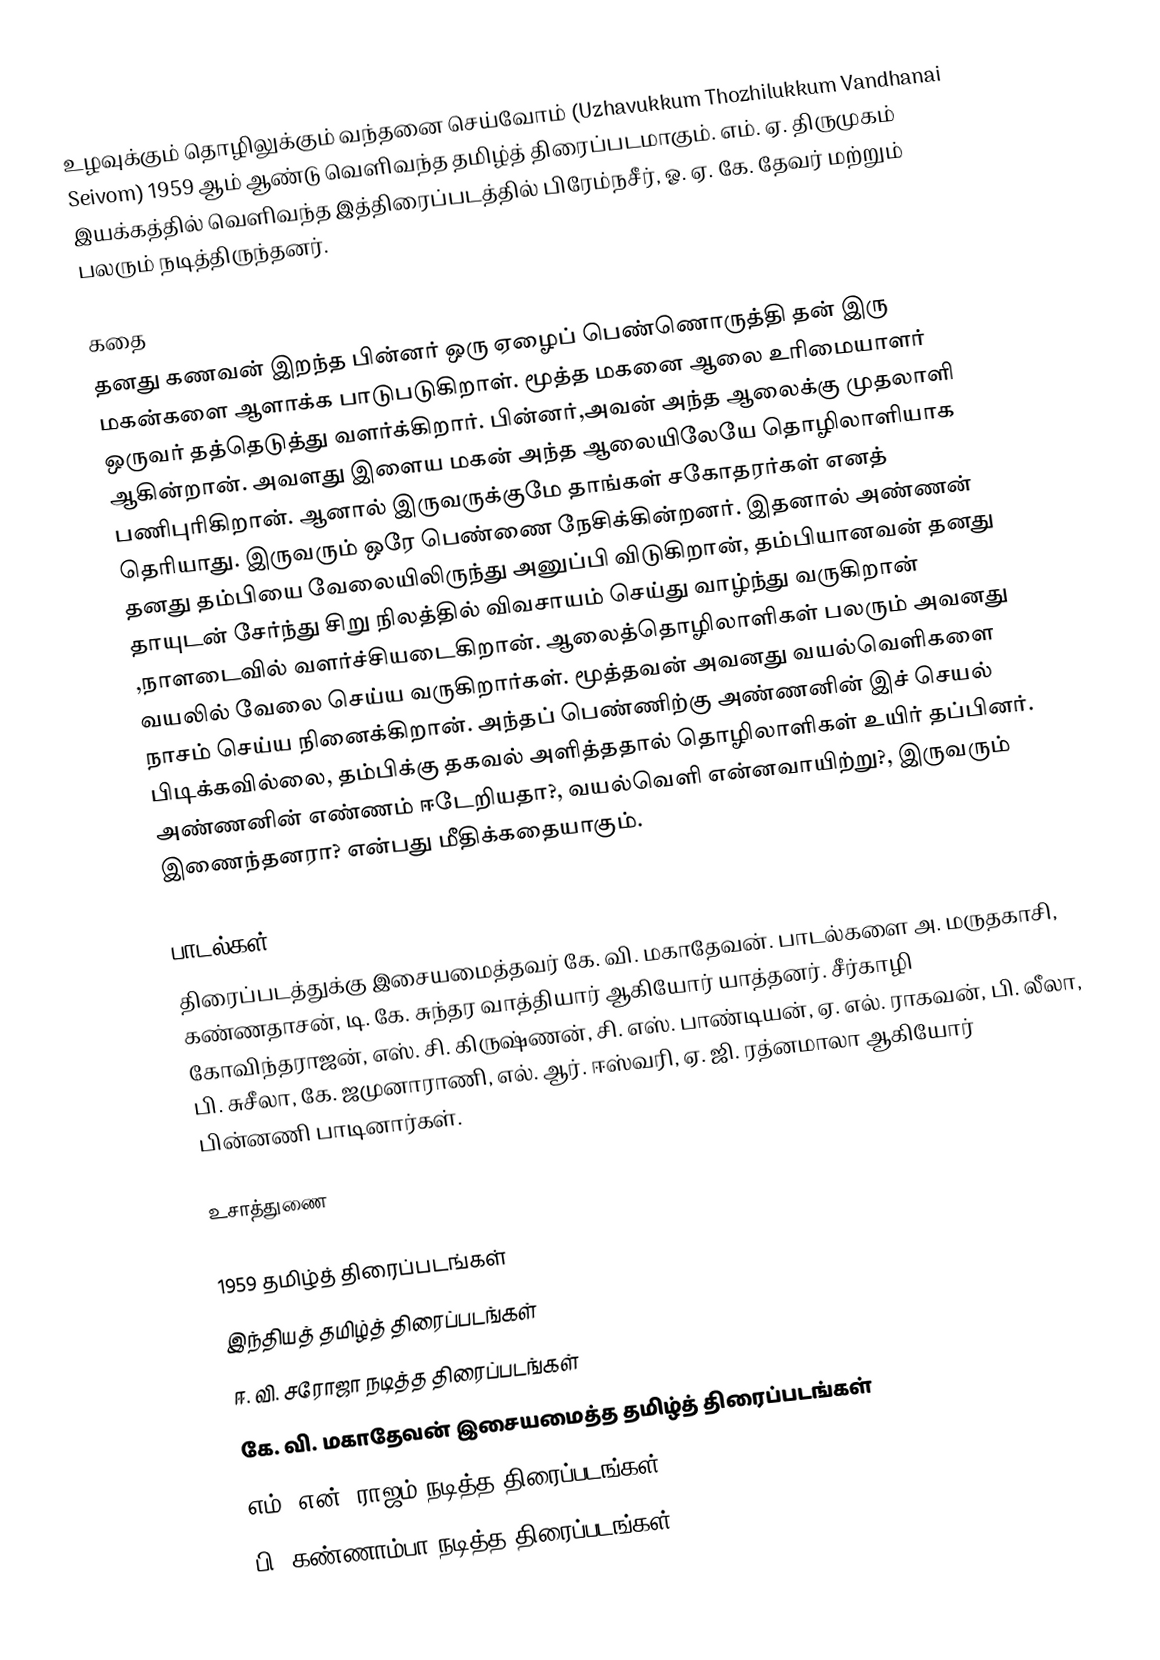
உழவுக்கும் தொழிலுக்கும் வந்தனை செய்வோம் (Uzhavukkum Thozhilukkum Vandhanai Seivom) 1959 ஆம் ஆண்டு வெளிவந்த தமிழ்த் திரைப்படமாகும். எம். ஏ. திருமுகம் இயக்கத்தில் வெளிவந்த இத்திரைப்படத்தில் பிரேம்நசீர், ஓ. ஏ. கே. தேவர் மற்றும் பலரும் நடித்திருந்தனர்.

கதை
தனது கணவன் இறந்த பின்னர் ஒரு ஏழைப் பெண்ணொருத்தி தன் இரு மகன்களை ஆளாக்க பாடுபடுகிறாள். மூத்த மகனை ஆலை உரிமையாளர் ஒருவர் தத்தெடுத்து வளர்க்கிறார். பின்னர்,அவன் அந்த ஆலைக்கு முதலாளி ஆகின்றான். அவளது இளைய மகன் அந்த ஆலையிலேயே தொழிலாளியாக பணிபுரிகிறான். ஆனால் இருவருக்குமே தாங்கள் சகோதரர்கள் எனத் தெரியாது. இருவரும் ஒரே பெண்ணை நேசிக்கின்றனர். இதனால் அண்ணன் தனது தம்பியை வேலையிலிருந்து அனுப்பி விடுகிறான், தம்பியானவன் தனது தாயுடன் சேர்ந்து சிறு நிலத்தில் விவசாயம் செய்து வாழ்ந்து வருகிறான் ,நாளடைவில் வளர்ச்சியடைகிறான். ஆலைத்தொழிலாளிகள் பலரும் அவனது வயலில் வேலை செய்ய வருகிறார்கள். மூத்தவன் அவனது வயல்வெளிகளை நாசம் செய்ய நினைக்கிறான். அந்தப் பெண்ணிற்கு அண்ணனின் இச் செயல் பிடிக்கவில்லை, தம்பிக்கு தகவல் அளித்ததால் தொழிலாளிகள் உயிர் தப்பினர். அண்ணனின் எண்ணம் ஈடேறியதா?, வயல்வெளி என்னவாயிற்று?, இருவரும் இணைந்தனரா? என்பது மீதிக்கதையாகும்.

பாடல்கள்
திரைப்படத்துக்கு இசையமைத்தவர் கே. வி. மகாதேவன். பாடல்களை அ. மருதகாசி, கண்ணதாசன், டி. கே. சுந்தர வாத்தியார் ஆகியோர் யாத்தனர். சீர்காழி கோவிந்தராஜன், எஸ். சி. கிருஷ்ணன், சி. எஸ். பாண்டியன், ஏ. எல். ராகவன், பி. லீலா, பி. சுசீலா, கே. ஜமுனாராணி, எல். ஆர். ஈஸ்வரி, ஏ. ஜி. ரத்னமாலா ஆகியோர் பின்னணி பாடினார்கள்.

உசாத்துணை

1959 தமிழ்த் திரைப்படங்கள்
இந்தியத் தமிழ்த் திரைப்படங்கள்
ஈ. வி. சரோஜா நடித்த திரைப்படங்கள்
கே. வி. மகாதேவன் இசையமைத்த தமிழ்த் திரைப்படங்கள்
எம். என். ராஜம் நடித்த திரைப்படங்கள்
பி. கண்ணாம்பா நடித்த திரைப்படங்கள்